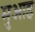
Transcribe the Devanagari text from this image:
मुआइ